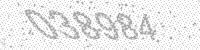
Solution: 038984